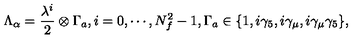
\Lambda _ { \alpha } = { \frac { \lambda ^ { i } } { 2 } } \otimes \Gamma _ { a } , i = 0 , \cdots , N _ { f } ^ { 2 } - 1 , \Gamma _ { a } \in \{ 1 , i \gamma _ { 5 } , i \gamma _ { \mu } , i \gamma _ { \mu } \gamma _ { 5 } \} ,